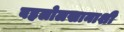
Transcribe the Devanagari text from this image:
बहलोलखानाशी